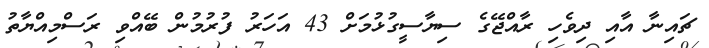
ޗައިނާ އާއި ދިވެހި ރާއްޖޭގެ ސިޔާސީގުޅުމަށް 43 އަހަރު ފުރުމުން ބޭއްވި ރަސްމިއްޔާތު